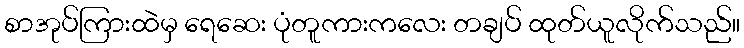
စာအုပ်ကြားထဲမှ ရေဆေး ပုံတူကားကလေး တချပ် ထုတ်ယူလိုက်သည်။